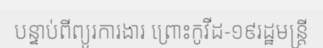
បន្ទាប់ពីព្យូរការងារ ព្រោះកូវីដ-១៩រដ្ឋមន្ត្រី